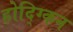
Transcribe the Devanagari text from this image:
होद्ग्किन